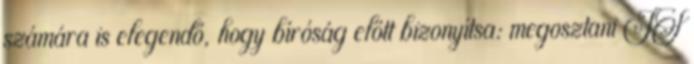
számára is elegendő, hogy bíróság előtt bizonyítsa: megosztani IS